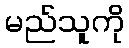
မည်သူကို